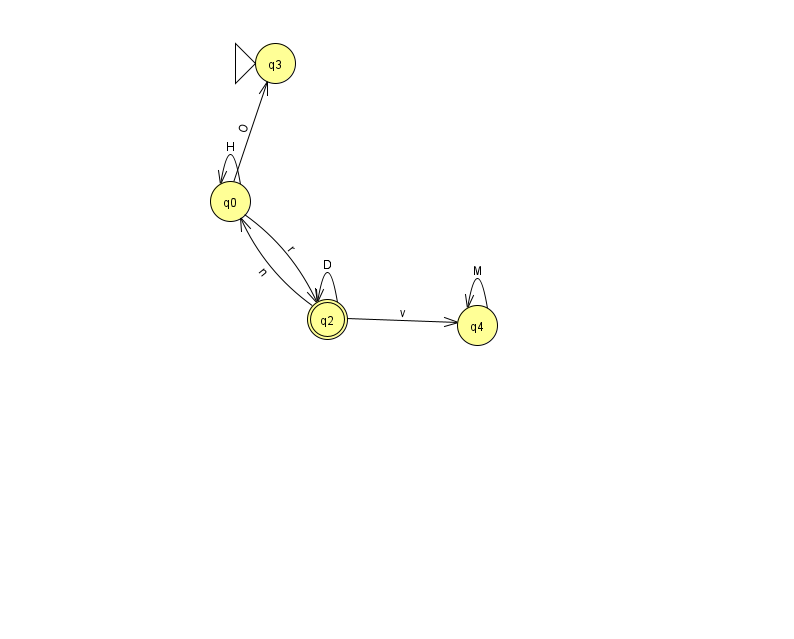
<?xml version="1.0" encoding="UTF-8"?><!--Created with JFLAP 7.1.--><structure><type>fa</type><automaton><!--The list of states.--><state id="0" name="q0"><x>230.0</x><y>188.0</y></state><state id="2" name="q2"><x>327.0</x><y>306.0</y><final/></state><state id="3" name="q3"><x>275.0</x><y>50.0</y><initial/></state><state id="4" name="q4"><x>477.0</x><y>312.0</y></state><!--The list of transitions.--><transition><from>2</from><to>2</to><read>D</read></transition><transition><from>0</from><to>2</to><read>r</read></transition><transition><from>0</from><to>3</to><read>O</read></transition><transition><from>0</from><to>0</to><read>H</read></transition><transition><from>2</from><to>0</to><read>n</read></transition><transition><from>2</from><to>4</to><read>v</read></transition><transition><from>4</from><to>4</to><read>M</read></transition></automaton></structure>